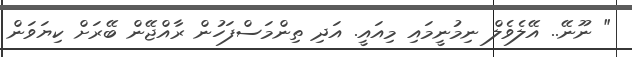
" ނޫނޭ.. އޭލެވެލް ނިމުނީމައި މިއައީ. އަދި ތިންމަސްފަހުން ރާއްޖޭން ބޭރަށް ކިޔަވަން